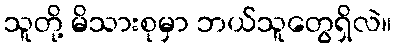
သူတို့ မိသားစုမှာ ဘယ်သူတွေရှိလဲ။